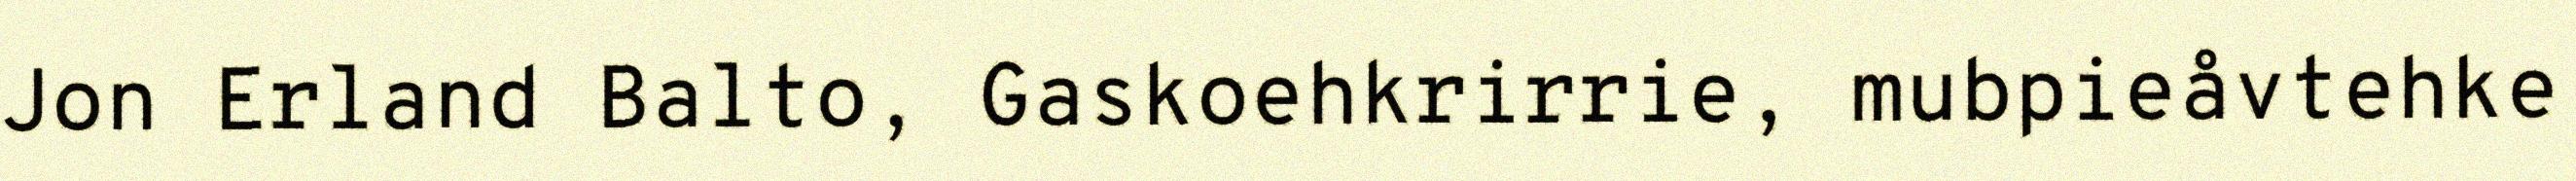
Jon Erland Balto, Gaskoehkrirrie, mubpieåvtehke